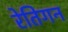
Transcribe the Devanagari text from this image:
रेतिगन